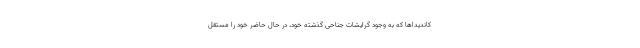
کاندیداها که به وجود گرایشات جناحی گذشته خود، در حال حاضر خود را مستقل